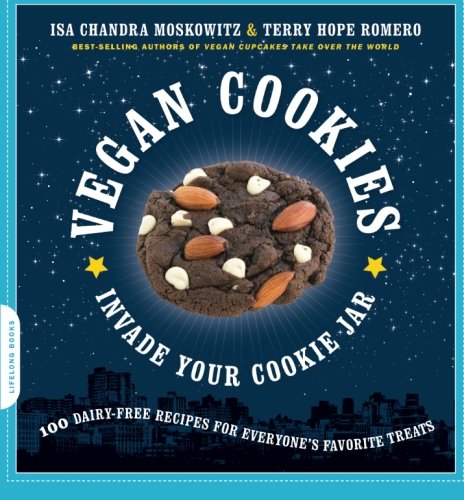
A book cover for Vegan Cookies Invade Your Cookie Jar: 100 Dairy-Free Recipes for Everyone's Favorite Treats; Isa Chandra Moskowitz; Cookbooks, Food & Wine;